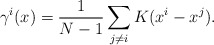
\begin{align*}\gamma^i(x) = \frac1{N-1}\sum_{j\neq i}K(x^i - x^j).\end{align*}